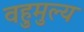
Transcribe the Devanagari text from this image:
वहुमुल्य